Document type: Sale
Year: 1499
Scribe: Joan Martínez de Sòria
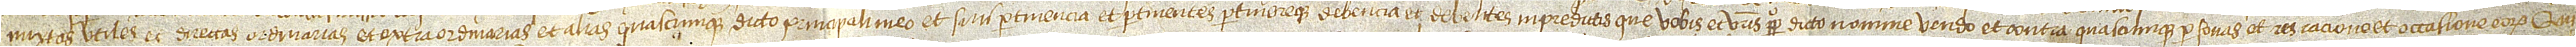
mixtas, utiles et directas, ordinarias et extraordinarias et alias quascumque dicto principali meo et suis pertinencia et pertinentes pertinereque debencia et debentes in predictis que vobis et vestris perpetuo dicto nomine vendo, et contra quascumque personas et res, racione et occasione eorum. Qui-